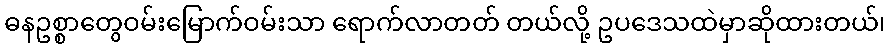
ဓနဥစ္စာတွေဝမ်းမြောက်ဝမ်းသာ ရောက်လာတတ် တယ်လို့ ဥပဒေသထဲမှာဆိုထားတယ်၊